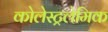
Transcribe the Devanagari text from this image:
कोलेस्ट्रलेमिक